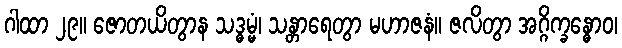
ဂါထာ ၂၉။ ဇောတယိတွာန သဒ္ဓမ္မံ၊ သန္တာရေတွာ မဟာဇနံ။ ဇလိတွာ အဂ္ဂိက္ခန္ဓောဝ၊